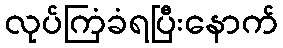
လုပ်ကြံခံရပြီးနောက်